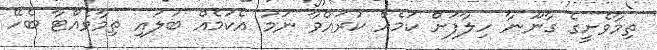
ތިމާވެށީގެ ގާނޫނާ ހިލާފަށް ކަމެއް ކުރައްވާ ނަމަ އެކަމެއް ބަލައި ތިމާވެއްޓާ ބެހޭ